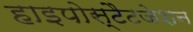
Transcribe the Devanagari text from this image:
हाइपोस्टैटजेशन